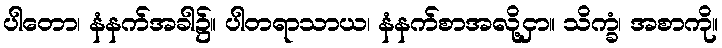
ပါတော၊ နံနက်အခါ၌။ ပါတရာသာယ၊ နံနက်စာအလို့ငှာ။ သိက္ခံ၊ အစာကို။